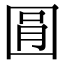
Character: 㘣